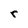
Character: r